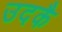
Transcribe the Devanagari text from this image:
उदकै